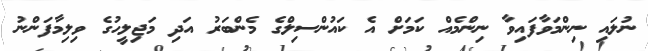
ނުލައި ނިންމަވާފައިވާ ނިންމެއް ކަމަށް އެ ކައުންސިލްގެ މެންބަރު އަދި މަޖިލީހުގެ ވިލިމާފަންނު